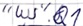
Text: "WS".Q1